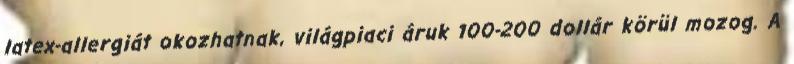
latex-allergiát okozhatnak, világpiaci áruk 100-200 dollár körül mozog. A